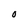
Character: O